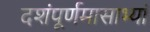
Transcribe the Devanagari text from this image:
दशंपूर्णमासाभ्यां